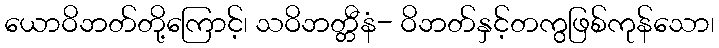
ယောဝိဘတ်တို့ကြောင့်၊ သဝိဘတ္တီနံ- ဝိဘတ်နှင့်တကွဖြစ်ကုန်သော၊